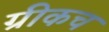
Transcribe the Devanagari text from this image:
ग्रीकच